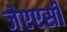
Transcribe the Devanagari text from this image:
जेएएसी